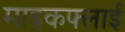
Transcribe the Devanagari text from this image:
माइकफ्लाई